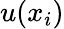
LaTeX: u(x_{i})